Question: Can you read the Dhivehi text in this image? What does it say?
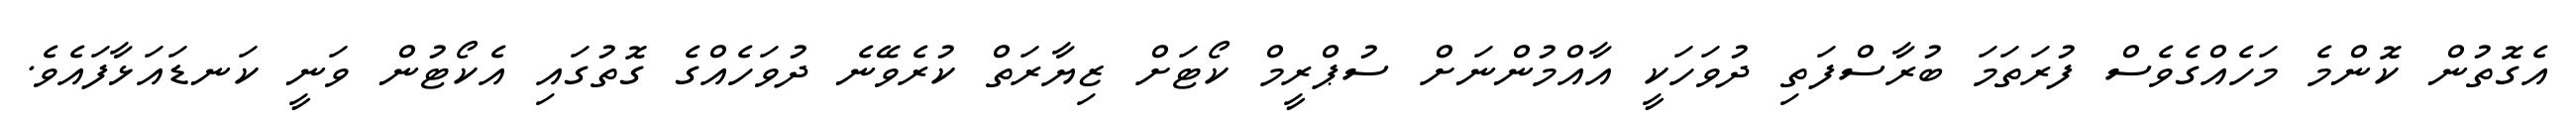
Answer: އެގޮތުން ކޮންމެ މަހެއްގެވެސް ފުރަތަމަ ބުރާސްފަތި ދުވަހަކީ އާއްމުންނަށް ސުޕްރީމް ކޯޓަށް ޒިޔާރަތް ކުރެވޭނެ ދުވަހެއްގެ ގޮތުގައި އެކޯޓުން ވަނީ ކަނޑައަޅާފައެވެ.